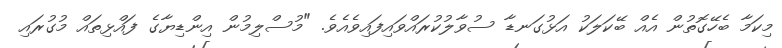
މިކަމާ ބެހޭގޮތުން އެއް ބޭކަލަކު އަޅުގަނޑާ ސުވާލުކުރައްވައިފައިވެއެވެ. "މުސްލިމުން އިންޑިޔާގެ ފައްޅިތައް މުގުރައި